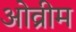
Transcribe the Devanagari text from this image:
ओव्रीम